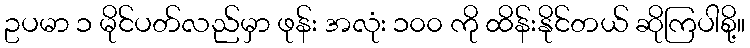
ဥပမာ ၁ မိုင်ပတ်လည်မှာ ဖုန်း အလုံး ၁၀၀ ကို ထိန်းနိုင်တယ် ဆိုကြပါစို့။